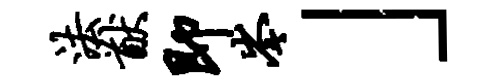
法猷即岑」